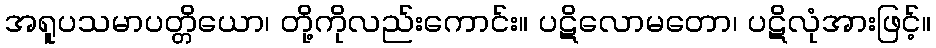
အရူပသမာပတ္တိယော၊ တို့ကိုလည်းကောင်း။ ပဋိလောမတော၊ ပဋိလုံအားဖြင့်။